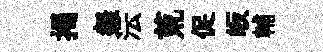
揭粲沄荒促皈輔